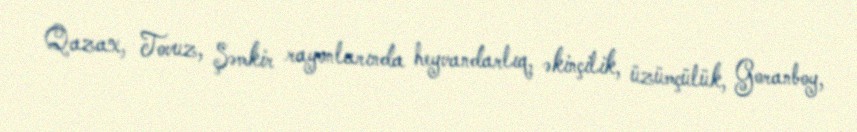
Qazax, Tovuz, Şəmkir rayonlarında heyvandarlıq, əkinçilik, üzümçülük, Goranboy,